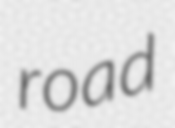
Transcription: road